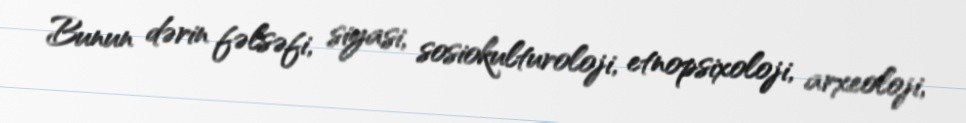
Bunun dərin fəlsəfi, siyasi, sosiokulturoloji, etnopsixoloji, arxeoloji,